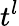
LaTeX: t^{l}